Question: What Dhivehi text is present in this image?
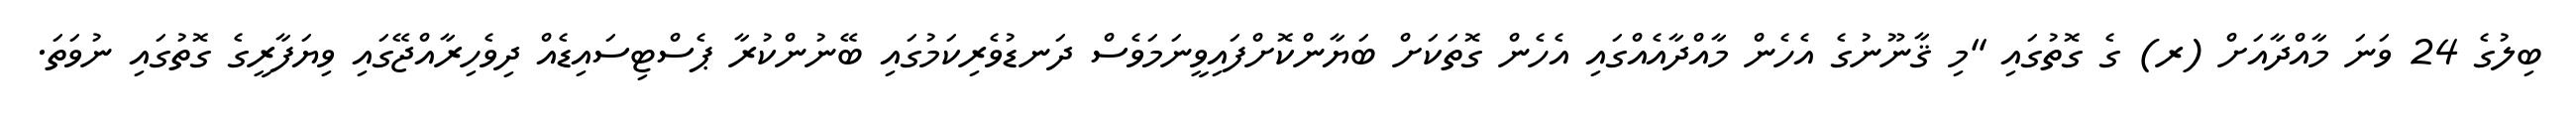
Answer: ބިލުގެ 24 ވަނަ މާއްދާއަށް (ރ) ގެ ގޮތުގައި "މި ޤާނޫނުގެ އެހެން މާއްދާއެއްގައި އެހެން ގޮތަކަށް ބަޔާންކޮށްފައިވީނަމަވެސް ދަނޑުވެރިކަމުގައި ބޭނުންކުރާ ޕެސްޓިސައިޑެއް ދިވެހިރާއްޖޭގައި ވިޔަފާރީގެ ގޮތުގައި ނުވަތަ.